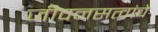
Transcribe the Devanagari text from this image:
जीवनसत्वांचे